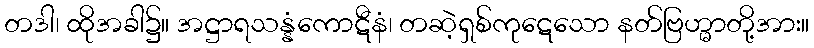
တဒါ၊ ထိုအခါ၌။ အဋ္ဌာရသန္နံကောဋီနံ၊ တဆဲ့ရှစ်ကုဋေသော နတ်ဗြဟ္မာတို့အား။